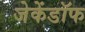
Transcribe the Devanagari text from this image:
जेकेंडॉफ